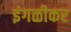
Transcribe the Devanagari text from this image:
इंगळीकर